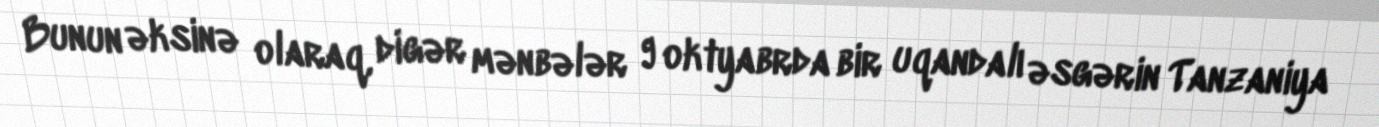
Bunun əksinə olaraq, digər mənbələr 9 oktyabrda bir uqandalı əsgərin Tanzaniya